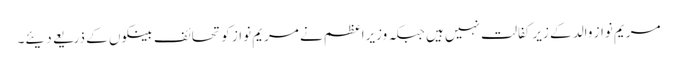
مریم نواز والد کے زیر کفالت نہیں ہیں جبکہ وزیراعظم نے مریم نواز کو تحائف بینکوں کے ذریعے دیئے۔